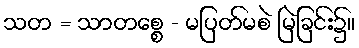
သတ = သာတစ္စေ - မပြတ်မစဲ မြဲခြင်း၌။